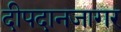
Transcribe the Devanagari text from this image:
दीपदानजागर